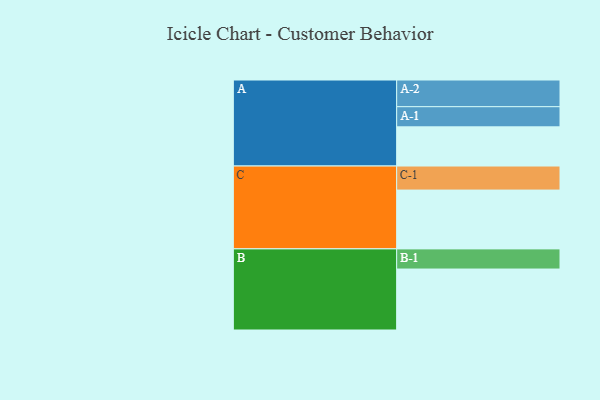
{"axis": {"x": "Segment", "y": "Value"}, "legend": ["", "A", "B", "C"], "data": [{"x": "A", "y": 383, "type": ""}, {"x": "B", "y": 596, "type": ""}, {"x": "C", "y": 575, "type": ""}, {"x": "A-1", "y": 197, "type": "A"}, {"x": "A-2", "y": 261, "type": "A"}, {"x": "B-1", "y": 197, "type": "B"}, {"x": "C-1", "y": 235, "type": "C"}]}